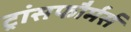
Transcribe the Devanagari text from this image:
ट्रांसफौर्मर्स